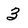
Character: 3